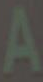
A